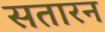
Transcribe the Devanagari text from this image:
सतारन